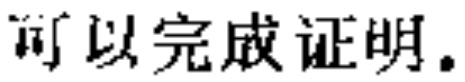
可以完成证明。